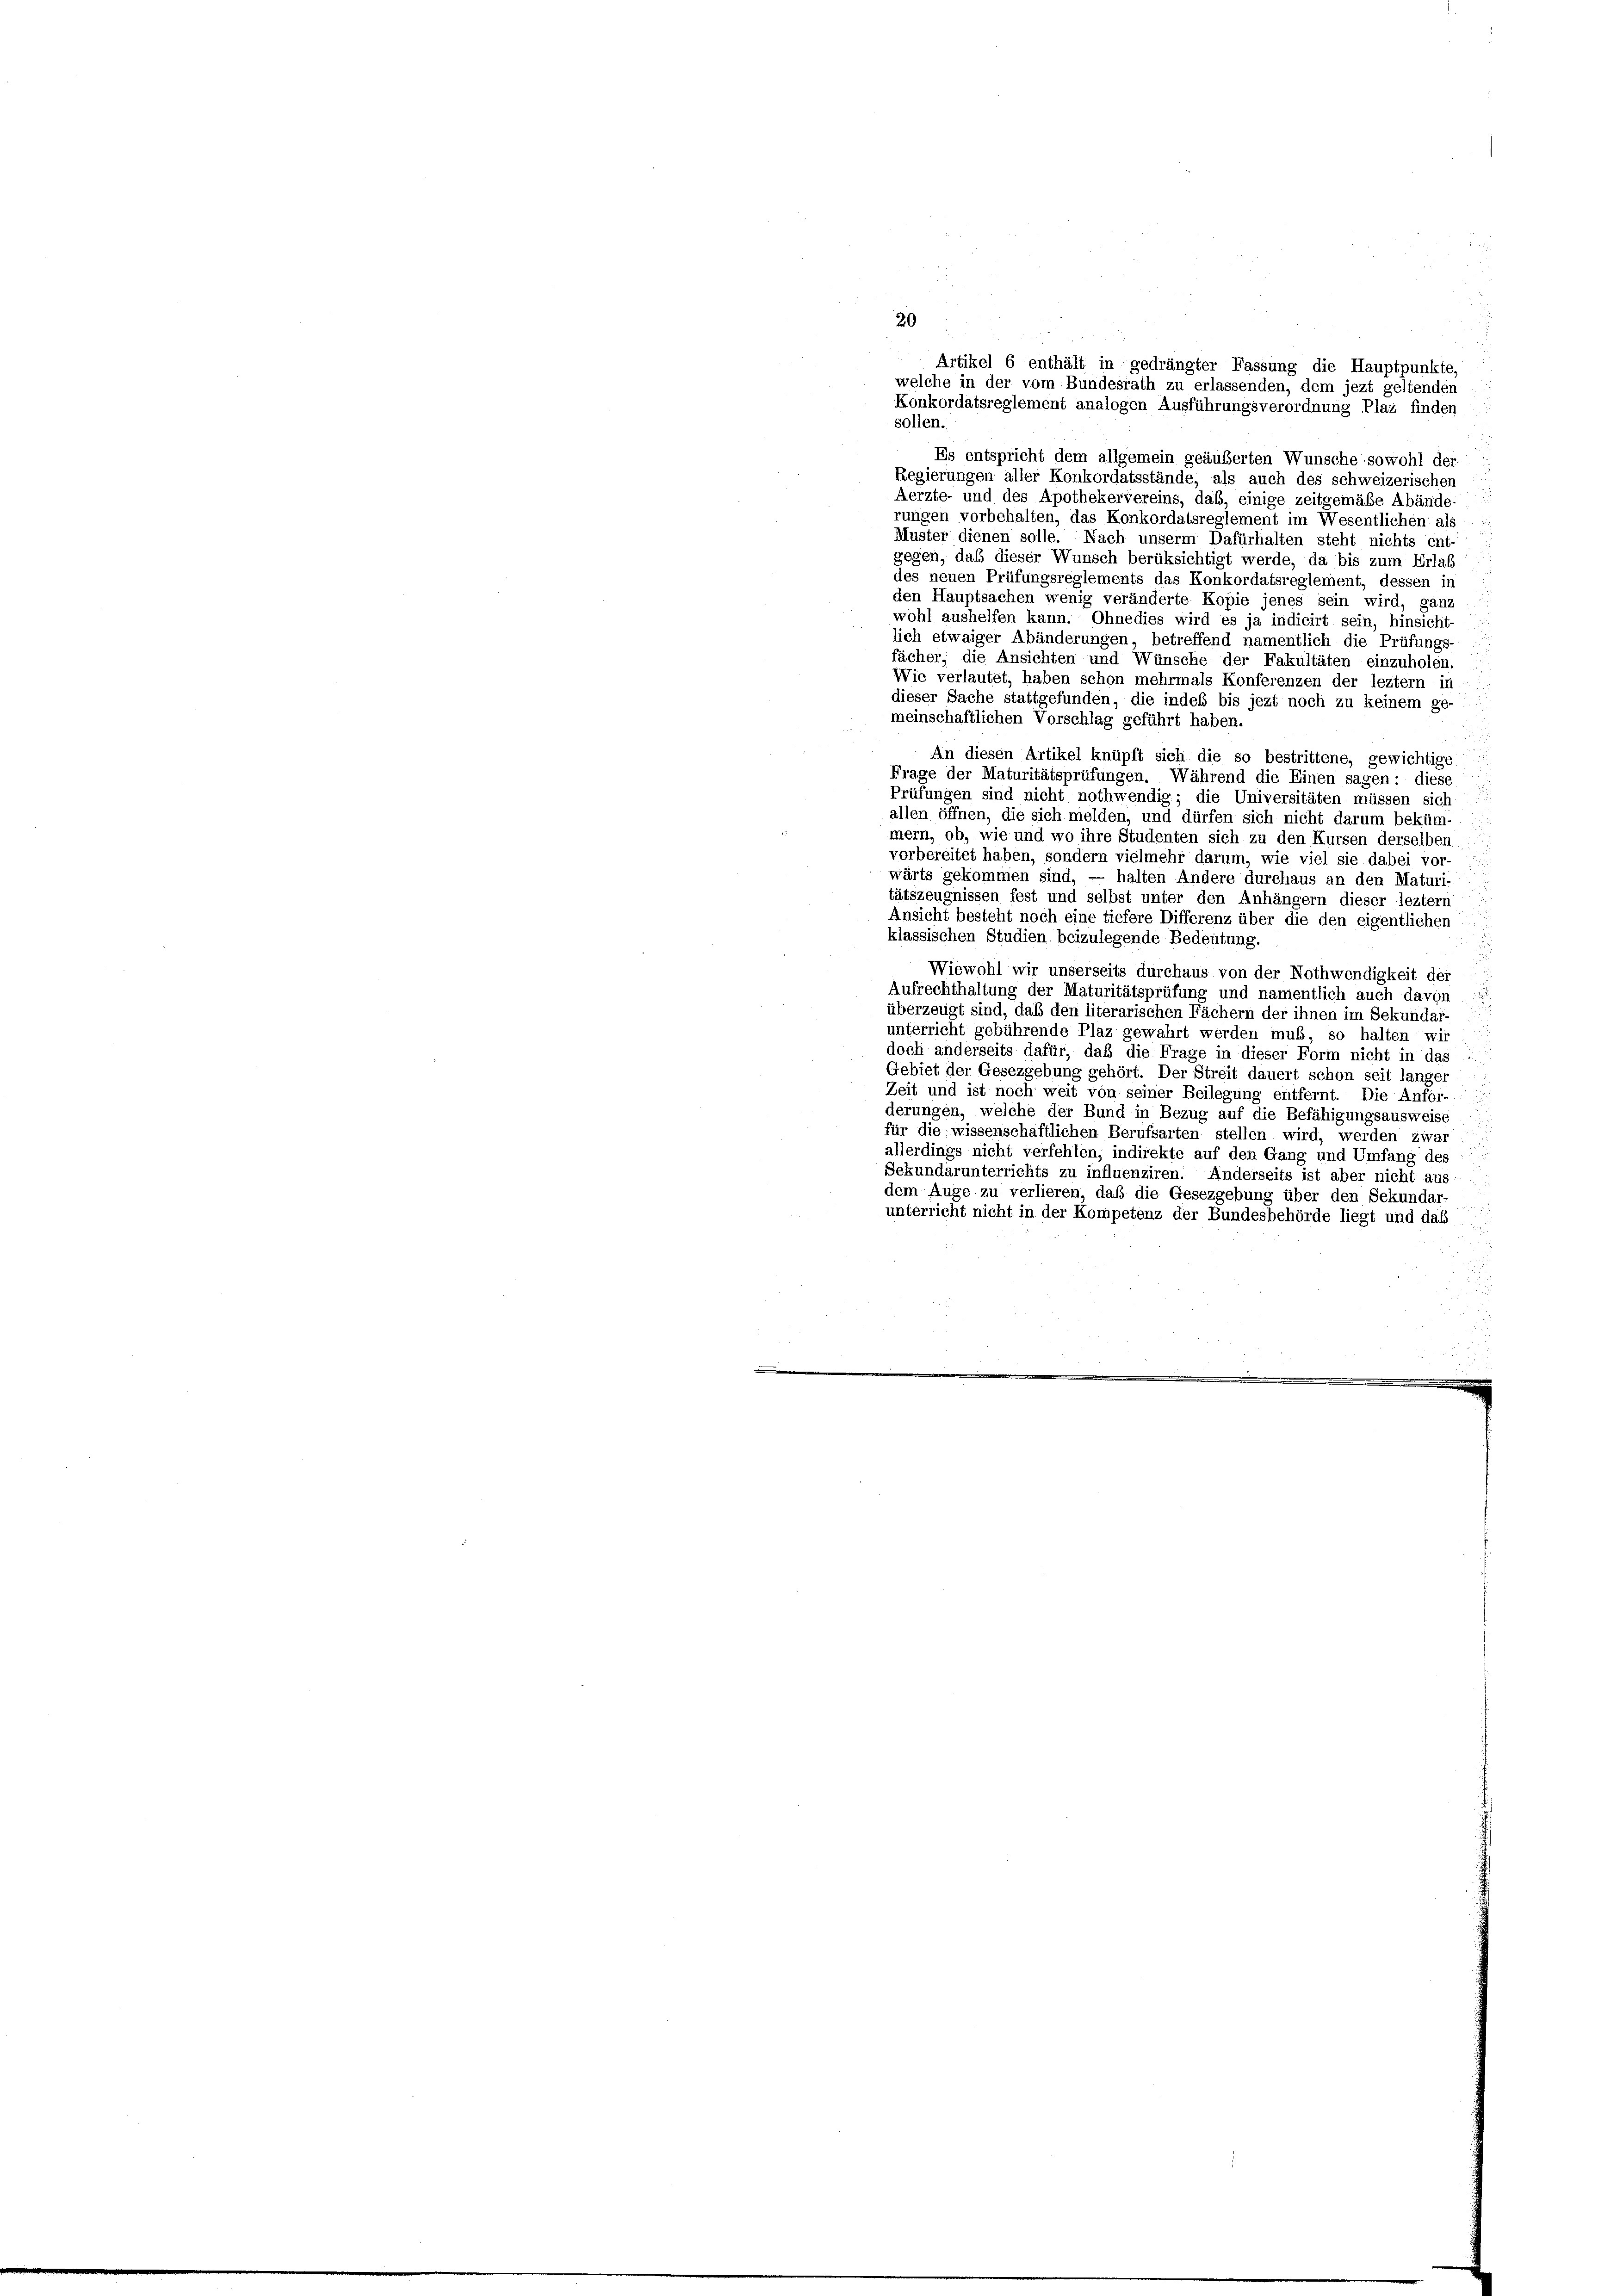
20
Artikel 6 enthält in gedrängter Fassung die Hauptpunkte,
welche in der vom Bundesrath zu erlassenden, dem jezt geltenden
Konkordatsreglement analogen Ausführungsverordnung Plaz finden
sollen.
Es entspricht dem allgemein geäußerten Wunsche sowohl der-
Regierungen aller Konkordatsstände, als auch des schweizerischen
Aerzte- und des Apothekervereins, daß, einige zeitgemäße Abände-
rungen vorbehalten, das Konkordatsreglement im Wesentlichen“ als
Muster dienen solle. Nach unserm Dafürhalten steht nichts ent-
gegen, daß dieser Wunsch berüksichtigt werde, da bis zum Erlas
des neuen Prüfungsreglements das Konkordatsreglement, dessen in
den Hauptsachen wenig veränderte Kopie jenes sein wird, ganz
wohl aushelfen kann. Ohnedies wird es ja indicirt sein, hinsicht-
lich etwaiger Abänderungen, betreffend namentlich die Prüfungs-
fächer; die Ansichten und Wünsche der Fakultäten einzuholen.
Wie verlautet, haben schon mehrmals Konferenzen der leztem in
dieser Sache stattgefunden, die indes bis jezt noch zu keinem ge-
meinschaftlichen Vorschlag geführt haben.
An diesen Artikel knüpft sich die so bestrittene, gewichtige
Frage der Maturitätsprüfungen. Während die Einen sagen: diese
Prüfungen sind nicht nothwendig; die Universitäten müssen sich
allen öffnen, die sich melden, und dürfen sich nicht darum beküm-
mern, ob, wie und wo ihre Studenten sich zu den Kursen derselben
vorbereitet haben, sondern vielmehr darum, wie viel sie dabei vor-
wärts gekommen sind, — halten Andere durchaus an den Maturi-
tätszeugnissen fest und selbst unter den Anhängern dieser leztere
Ansicht besteht noch eine tiefere Differenz über die den eigentlichen
klassischen Studien beizulegende Bedeutung.
Wiewohl wir unserseits durchaus von der Nothwendigkeit der
Aufrechthaltung der Maturitätsprüfung und namentlich auch davon
überzeugt sind, daß den literarischen Fächern der ihnen im Sekundar
unterricht gebührende Plaz gewahrt werden muß, so halten wir
doch anderseits dafür, daß die Frage in dieser Form nicht in das
Gebiet der Gesezgebung gehört. Der Streit dauert schon seit länger
Zeit und ist noch weit von seiner Beilegung entfernt. Die Anfor-
derungen, welche der Bund in Bezug auf die Befähigungsausweise
für die wissenschaftlichen Berufsarten stellen wird, werden zwar
allerdings nicht verfehlen, indirekte auf den Gang und Umfang des
Sekundarunterrichts zu influenziren. Anderseits ist aber nicht aus
dem Auge zu verlieren, daß die Gesezgebung über den Sekundar-
unterricht nicht in der Kompetenz der Bundesbehörde liegt und das